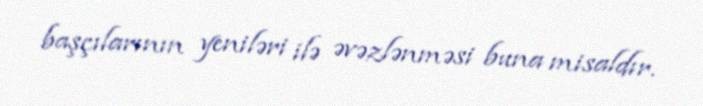
başçılarının yeniləri ilə əvəzlənməsi buna misaldır.